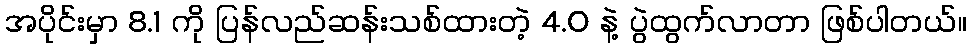
အပိုင်းမှာ 8.1 ကို ပြန်လည်ဆန်းသစ်ထားတဲ့ 4.0 နဲ့ ပွဲထွက်လာတာ ဖြစ်ပါတယ်။